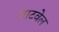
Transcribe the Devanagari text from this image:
शाटवेल